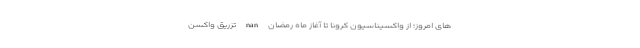
های امروز؛ از واکسیناسیون کرونا تا آغاز ماه رمضان nan تزریق واکسن